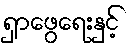
ရှာဖွေရေးနှင့်